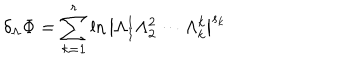
\delta _ { \Lambda } \Phi = \sum _ { k = 1 } ^ { r } \ln \left| \Lambda _ { 1 } ^ { 1 } \Lambda _ { 2 } ^ { 2 } \cdots \Lambda _ { k } ^ { k } \right| ^ { s _ { k } }